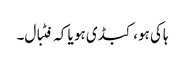
ہاکی ہو، کبڈی ہو یا کہ فٹبال۔